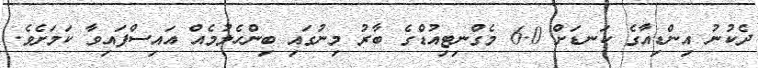
ދެކުނު އިންޑިއާގެ ކަނޑަށް 6.0 މެގްނިޓިއުޑްގެ ބާރު މިނުގައި ބިންހެލުމެއް އައިސްފައިވާ ކަމަށެވެ.